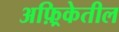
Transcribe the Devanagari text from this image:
अफ़्रिकेतील